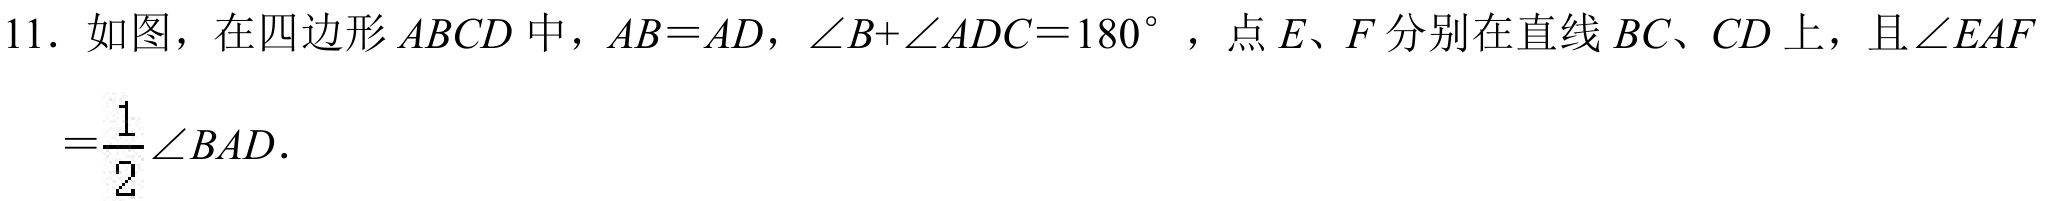
11. 如图，在四边形 \(ABCD\) 中，\(AB = AD\)，\(\angle B+\angle ADC = 180^{\circ}\) ，点 \(E、F\) 分别在直线 \(BC、CD\) 上，且\(\angle EAF=\frac{1}{2}\angle BAD\).